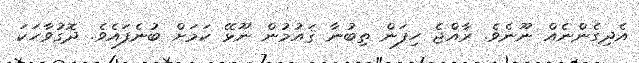
އެދިގެންނެއް ނޫނެވެ. ރާއްޖެ ހިފަން ތިބުނާ ޤައުމުން ނޫޅޭ ކަމަށް ބުނެފައެވެ. ދޮގުވާހަކަ